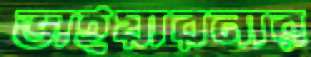
ভাইয়ারনার